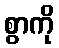
စွာကို